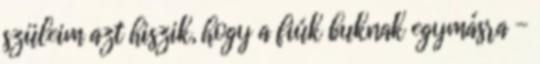
szüleim azt hiszik, hogy a fiúk buknak egymásra -